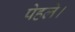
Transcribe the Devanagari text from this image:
पेहले।